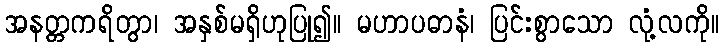
အနတ္တကရိတွာ၊ အနှစ်မရှိဟုပြု၍။ မဟာပဓာနံ၊ ပြင်းစွာသော လုံ့လကို။